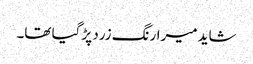
شاید میرارنگ زرد پڑ گیا تھا۔